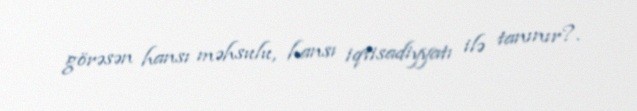
görəsən hansı məhsulu, hansı iqtisadiyyatı ilə tanınır?.